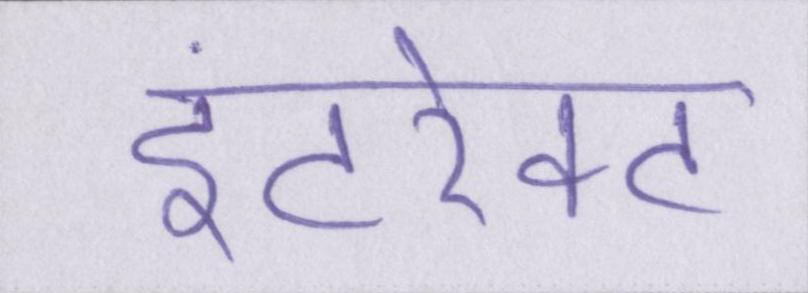
इंटरेक्ट